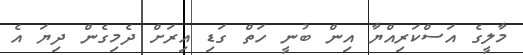
މާލީގެ އަސްކަރިއްޔާ އިން ބުނީ ހަތް ގަޑި އިރަށް ދެމިގެން ދިޔަ އެ